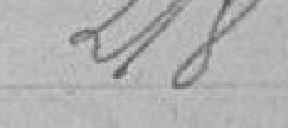
218